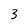
Character: 3